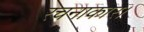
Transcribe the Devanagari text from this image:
रचनाकार।